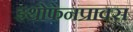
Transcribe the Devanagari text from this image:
इथोफेनप्राक्‍स